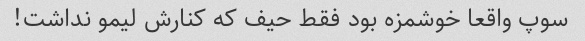
سوپ واقعا خوشمزه بود فقط حیف که کنارش لیمو نداشت!